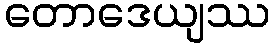
တောဒေယျဿ